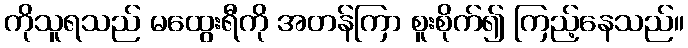
ကိုသူရသည် မထွေးရီကို အတန်ကြာ စူးစိုက်၍ ကြည့်နေသည်။